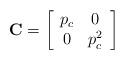
LaTeX: \begin{align*}\mathbf{C} = \left[\begin{array}{cc} p_c & 0 \\0 & p_c^2\end{array}\right]\end{align*}